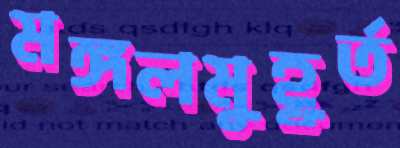
মঙ্গলমুহূর্ত